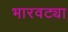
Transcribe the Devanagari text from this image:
भारवट्या